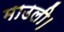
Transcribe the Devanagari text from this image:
माउली।